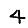
Digit: 4